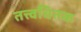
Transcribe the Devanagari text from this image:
तत्त्वचितक